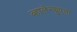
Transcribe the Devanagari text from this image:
व्हालेन्झुएला